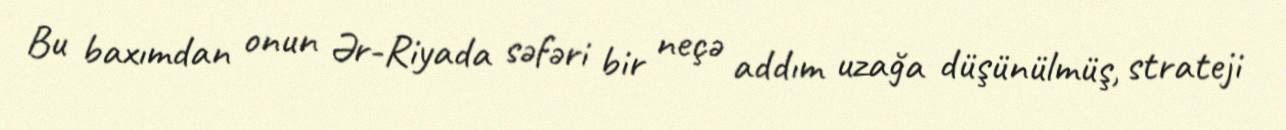
Bu baxımdan onun Ər-Riyada səfəri bir neçə addım uzağa düşünülmüş, strateji